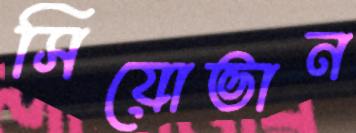
সিয়োভান